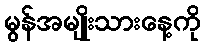
မွန်အမျိုးသားနေ့ကို